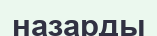
назарды